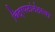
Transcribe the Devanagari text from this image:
चित्रपटांनंतरचा